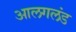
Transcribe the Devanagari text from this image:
आलगलंड